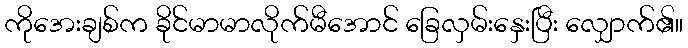
ကိုအေးချစ်က ခိုင်မာမာလိုက်မီအောင် ခြေလှမ်းနှေးပြီး လျှောက်၏။